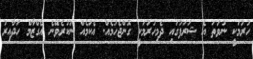
ހުރުމަކީ ނުވަތަ އެ ޝަރަފުގައި ދެމިހުރުމަކީ ގޮންޖެހުމެއް. އެކަމެއް ނުކުރެވޭނެ އެގްޒާމް ހަދާއިރު